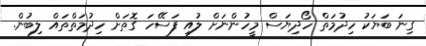
ގިނަ ބަޔަކު ހިދުމަތް ހޯދިޔަސް މީހުންނަށް ލުއި ފަސޭހަ ގޮތަށް ހިދުމަތްތައް ލިބުން.